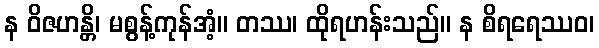
န ဝိဇဟန္တိ၊ မစွန့်ကုန်အံ့။ တဿ၊ ထိုရဟန်းသည်။ န စိရရေဿဝ၊